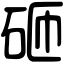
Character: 砸